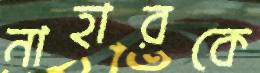
নাহারকে